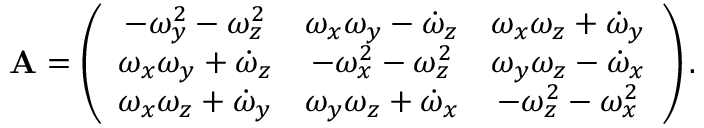
\mathbf { A } = \left( \begin{array} { c c c } { - \omega _ { y } ^ { 2 } - \omega _ { z } ^ { 2 } } & { \omega _ { x } \omega _ { y } - \dot { \omega } _ { z } } & { \omega _ { x } \omega _ { z } + \dot { \omega } _ { y } } \\ { \omega _ { x } \omega _ { y } + \dot { \omega } _ { z } } & { - \omega _ { x } ^ { 2 } - \omega _ { z } ^ { 2 } } & { \omega _ { y } \omega _ { z } - \dot { \omega } _ { x } } \\ { \omega _ { x } \omega _ { z } + \dot { \omega } _ { y } } & { \omega _ { y } \omega _ { z } + \dot { \omega } _ { x } } & { - \omega _ { z } ^ { 2 } - \omega _ { x } ^ { 2 } } \end{array} \right) .